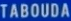
TABOUDA